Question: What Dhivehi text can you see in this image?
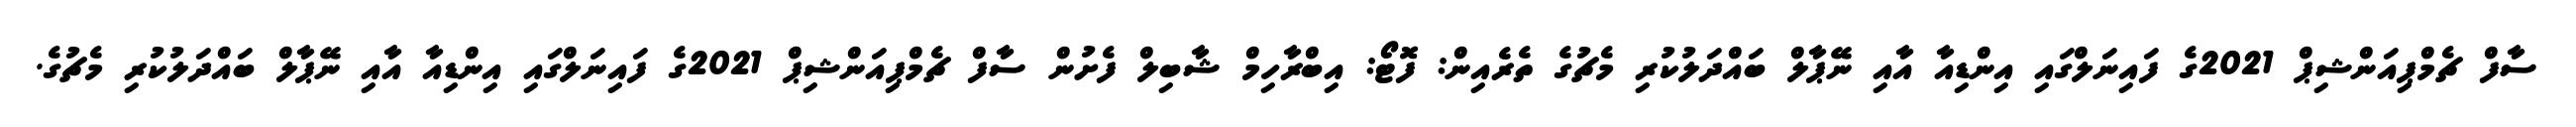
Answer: ސާފް ޗެމްޕިއަންޝިޕް 2021ގެ ފައިނަލްގައި އިންޑިއާ އާއި ނޭޕާލް ބައްދަލުކުރި މެޗުގެ ތެރެއިން: ފޮޓޯ: އިބްރާހިމް ޝާބިލް ފެށުން ސާފް ޗެމްޕިއަންޝިޕް 2021ގެ ފައިނަލްގައި އިންޑިއާ އާއި ނޭޕާލް ބައްދަލުކުރި މެޗުގެ.